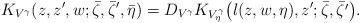
LaTeX: \begin{align*}K_{V^{\gamma}}(z,z^{\prime},w;\bar \zeta,\bar \zeta^{\prime},\bar \eta)=D_{V^{\gamma}}K_{V^{\gamma}_{\eta}}\big(l(z,w,\eta),z^{\prime};\bar\zeta,\bar{\zeta^{\prime}}\big).\end{align*}